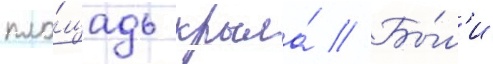
пло́щадь крыла́ // Бы́л'и